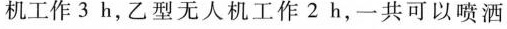
机工作3h，乙型无人机工作2h，一共可以喷洒